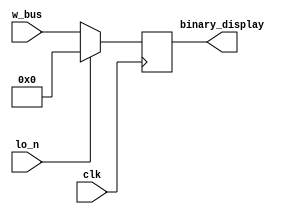
`timescale 1ns / 1ps

module output_register(
input	wire				clk,
input	wire				lo_n,


input	wire	[7:0]		w_bus,

output wire	[7:0]		binary_display
    );

reg		[7:0]		output_reg=8'b0000_0000;
always @(posedge clk)
begin
	if(lo_n==1'b0)
		begin
			output_reg<=w_bus;
		end
	else
		begin
			output_reg<=8'b0000_0000;
		end
		
		
end


assign   binary_display     = output_reg;


endmodule